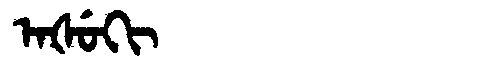
Manchu: ᠠᡧᡠᡴᡳ
Romanization: AŠUKI